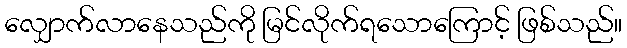
လျှောက်လာနေသည်ကို မြင်လိုက်ရသောကြောင့် ဖြစ်သည်။